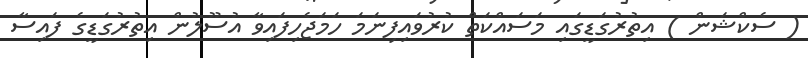
( ސެކްޝަން ) އިތުރުގަޑީގައި މަސައްކަތް ކުރުވައިފިނަމަ ހަމަޖެހިފައިވާ އުސޫލުން އިތުރުގަޑީގެ ފައިސާ